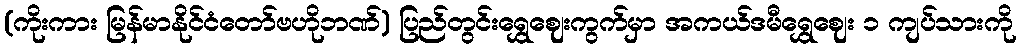
(ကိုးကား မြန်မာနိုင်ငံတော်ဗဟိုဘဏ်) ပြည်တွင်းရွှေဈေးကွက်မှာ အကယ်ဒမီရွှေဈေး ၁ ကျပ်သားကို